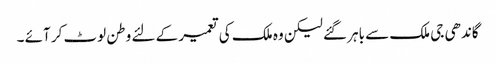
گاندھی جی ملک سے باہر گئے لیکن وہ ملک کی تعمیر کے لئے وطن لوٹ کر آئے ۔